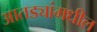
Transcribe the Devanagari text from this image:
आतड्यांमधील